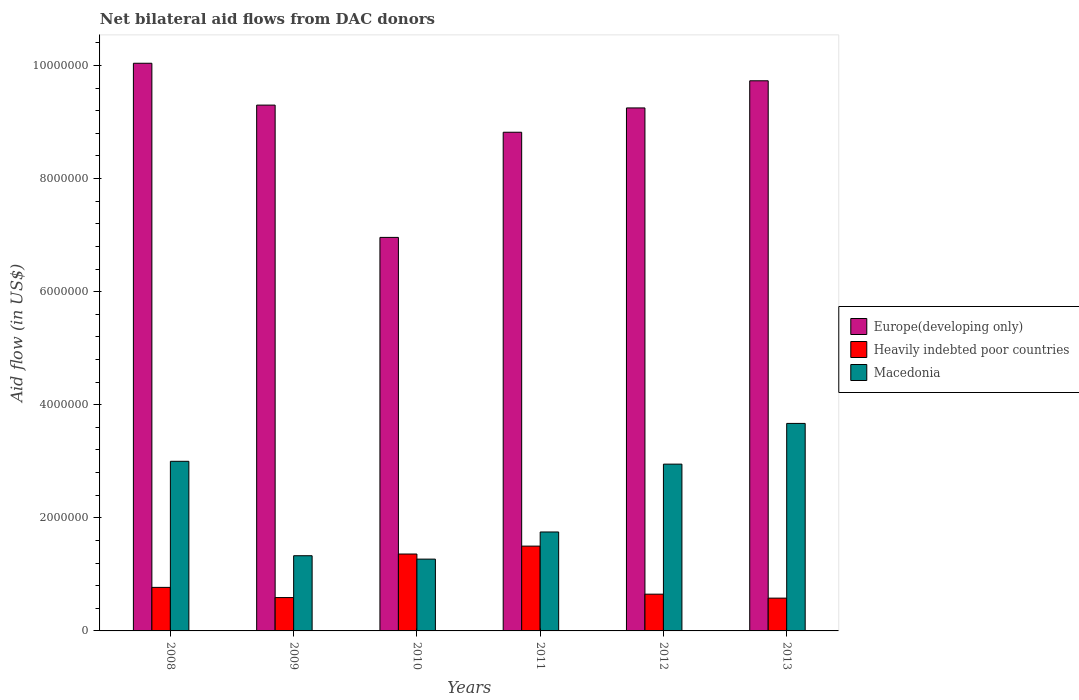
| Years | Europe(developing only) | Heavily indebted poor countries | Macedonia |
 | --- | --- | --- | --- |
 | 2008 | 1e+07 | 7.7e+05 | 3e+06 |
 | 2009 | 9.3e+06 | 5.9e+05 | 1.33e+06 |
 | 2010 | 6.96e+06 | 1.36e+06 | 1.27e+06 |
 | 2011 | 8.82e+06 | 1.5e+06 | 1.75e+06 |
 | 2012 | 9.25e+06 | 6.5e+05 | 2.95e+06 |
 | 2013 | 9.73e+06 | 5.8e+05 | 3.67e+06 |